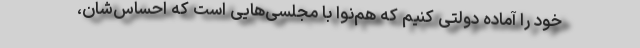
خود را آماده دولتی کنیم که هم‌نوا با مجلسی‌هایی است که احساس‌شان،